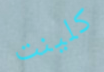
كلينت